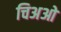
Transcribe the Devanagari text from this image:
चिअओ